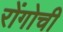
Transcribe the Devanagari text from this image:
रोंगोची